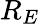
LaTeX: R_{E}